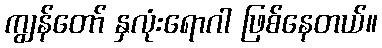
ကျွန်တော် နှလုံးရောဂါ ဖြစ်နေတယ်။